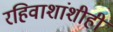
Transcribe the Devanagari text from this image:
रहिवाशांशीही